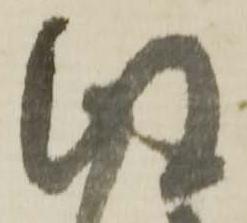
得